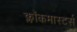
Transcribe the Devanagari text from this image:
क्लाॅकमास्टर्स